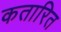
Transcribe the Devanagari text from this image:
कतारित